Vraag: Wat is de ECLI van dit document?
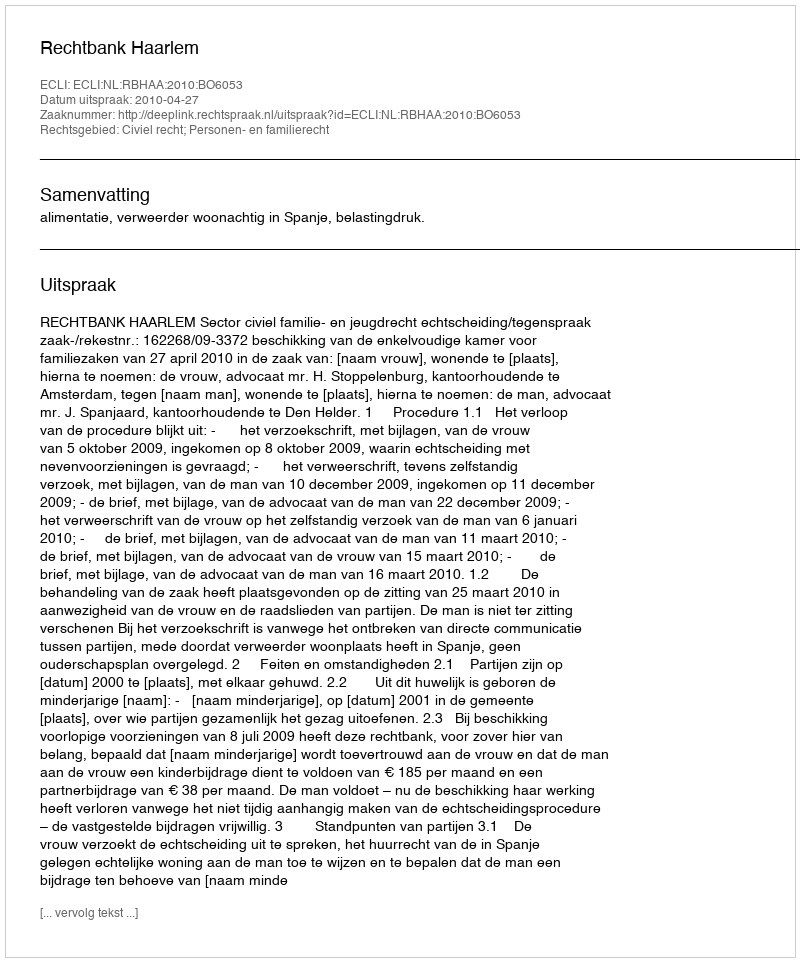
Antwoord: ECLI:NL:RBHAA:2010:BO6053